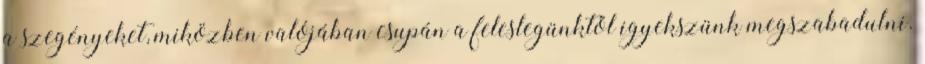
a szegényeket, miközben valójában csupán a feleslegünktől igyekszünk megszabadulni.